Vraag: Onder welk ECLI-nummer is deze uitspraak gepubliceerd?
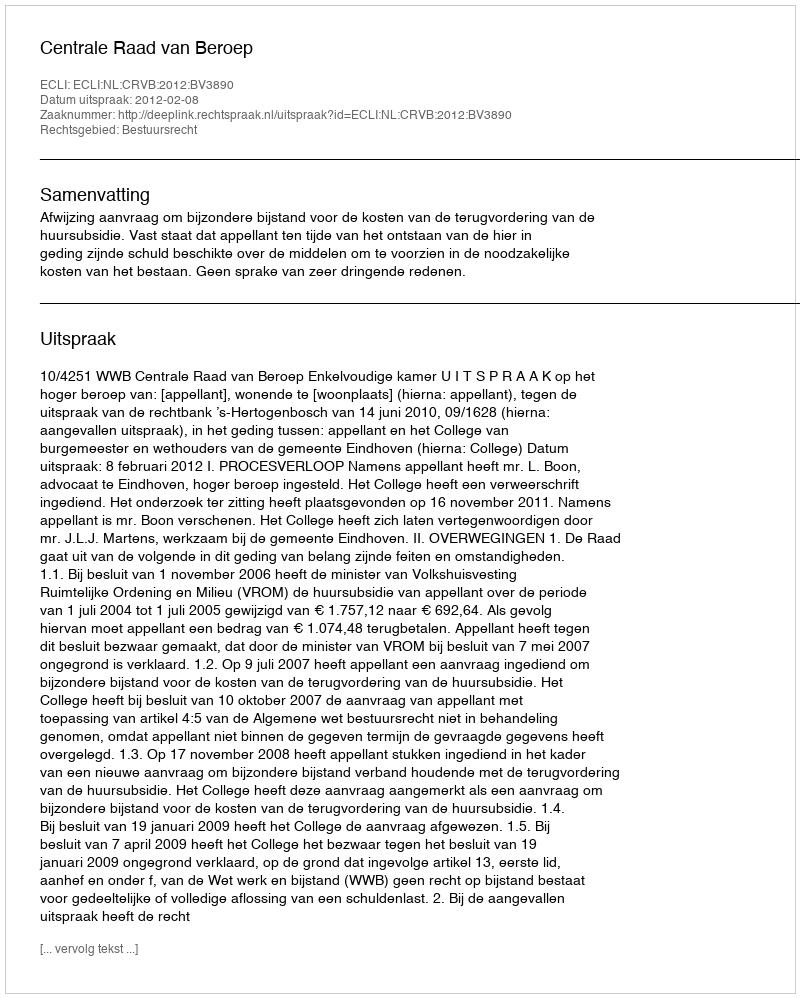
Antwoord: ECLI:NL:CRVB:2012:BV3890